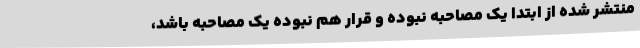
منتشر شده از ابتدا یک مصاحبه نبوده و قرار هم نبوده یک مصاحبه باشد،